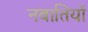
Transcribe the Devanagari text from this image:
नबातियों